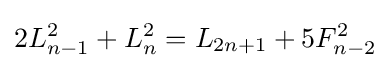
2L_{n-1}^{2}+L_{n}^{2}=L_{2n+1}+5F_{n-2}^{2}